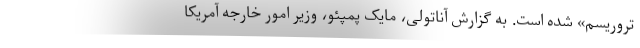
تروریسم» شده است. به گزارش آناتولی، مایک پمپئو، وزیر امور خارجه آمریکا